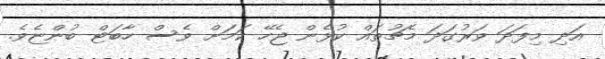
އަދި މިފަދަ ވަރުގަދަ މެޗުތައް ކުޅެން ޖެހޭ ކަމަށް ވެސް ހާބަޓް ބުންޏެވެ.